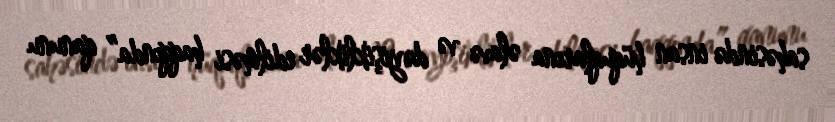
sahəsində insan hüquqlarına əlavə və dəyişikliklər edilməsi haqqında” qanunu